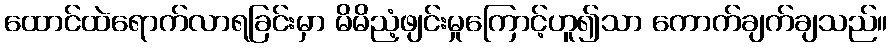
ထောင်ထဲရောက်လာရခြင်းမှာ မိမိညံ့ဖျင်းမှုကြောင့်ဟူ၍သာ ကောက်ချက်ချသည်။